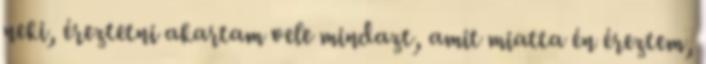
neki, éreztetni akartam vele mindazt, amit miatta én éreztem,